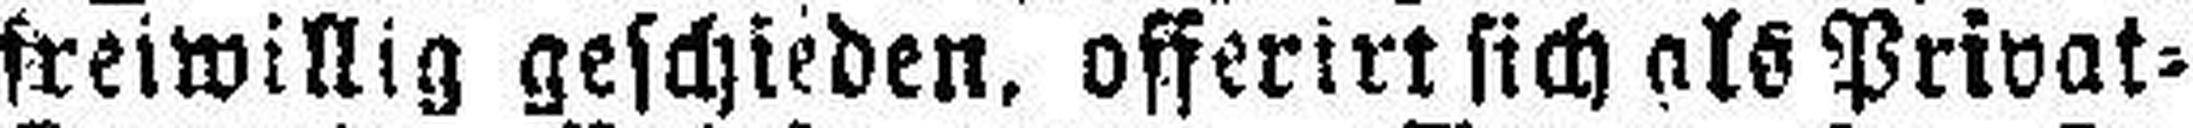
freiwillig geschieden, offerirt sich als Privat=